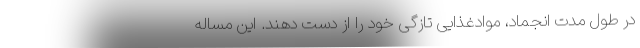
در طول مدت انجماد، موادغذایی تازگی خود را از دست ‌دهند. این مساله